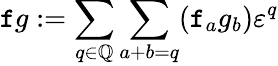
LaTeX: \mathtt{f}g:=\sum_{q\in\mathbb{{Q}}}\sum_{a+b=q}(\mathtt{f}_{a}g_{b})\varepsilon^{q}